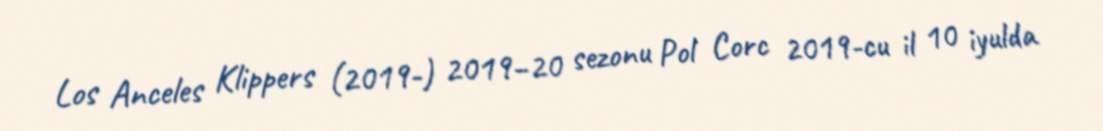
Los Anceles Klippers (2019-) 2019–20 sezonu Pol Corc 2019-cu il 10 iyulda